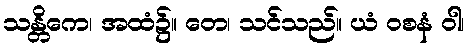
သန္တိကေ၊ အထံ၌။ တေ၊ သင်သည်။ ယံ ဝစနံ ဝါ၊